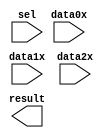
// megafunction wizard: %LPM_MUX%VBB%
// GENERATION: STANDARD
// VERSION: WM1.0
// MODULE: lpm_mux 

// ============================================================
// Megafunction Name(s):
// 			lpm_mux
//
// Simulation Library Files(s):
// 			lpm
// ============================================================
// ************************************************************
// THIS IS A WIZARD-GENERATED FILE. DO NOT EDIT THIS FILE!
//
// 9.0 Build 184 04/29/2009 SP 1 SJ Web Edition
// ************************************************************

//Copyright (C) 1991-2009 Altera Corporation
//Your use of Altera Corporation's design tools, logic functions 
//and other software and tools, and its AMPP partner logic 
//functions, and any output files from any of the foregoing 
//(including device programming or simulation files), and any 
//associated documentation or information are expressly subject 
//to the terms and conditions of the Altera Program License 
//Subscription Agreement, Altera MegaCore Function License 
//Agreement, or other applicable license agreement, including, 
//without limitation, that your use is for the sole purpose of 
//programming logic devices manufactured by Altera and sold by 
//Altera or its authorized distributors.  Please refer to the 
//applicable agreement for further details.

module MUXmem (
	data0x,
	data1x,
	data2x,
	sel,
	result);

	input	[17:0]  data0x;
	input	[17:0]  data1x;
	input	[17:0]  data2x;
	input	[1:0]  sel;
	output	[17:0]  result;

endmodule

// ============================================================
// CNX file retrieval info
// ============================================================
// Retrieval info: PRIVATE: INTENDED_DEVICE_FAMILY STRING "FLEX10KE"
// Retrieval info: PRIVATE: SYNTH_WRAPPER_GEN_POSTFIX STRING "0"
// Retrieval info: CONSTANT: LPM_SIZE NUMERIC "3"
// Retrieval info: CONSTANT: LPM_TYPE STRING "LPM_MUX"
// Retrieval info: CONSTANT: LPM_WIDTH NUMERIC "18"
// Retrieval info: CONSTANT: LPM_WIDTHS NUMERIC "2"
// Retrieval info: USED_PORT: data0x 0 0 18 0 INPUT NODEFVAL data0x[17..0]
// Retrieval info: USED_PORT: data1x 0 0 18 0 INPUT NODEFVAL data1x[17..0]
// Retrieval info: USED_PORT: data2x 0 0 18 0 INPUT NODEFVAL data2x[17..0]
// Retrieval info: USED_PORT: result 0 0 18 0 OUTPUT NODEFVAL result[17..0]
// Retrieval info: USED_PORT: sel 0 0 2 0 INPUT NODEFVAL sel[1..0]
// Retrieval info: CONNECT: result 0 0 18 0 @result 0 0 18 0
// Retrieval info: CONNECT: @data 0 0 18 36 data2x 0 0 18 0
// Retrieval info: CONNECT: @data 0 0 18 18 data1x 0 0 18 0
// Retrieval info: CONNECT: @data 0 0 18 0 data0x 0 0 18 0
// Retrieval info: CONNECT: @sel 0 0 2 0 sel 0 0 2 0
// Retrieval info: LIBRARY: lpm lpm.lpm_components.all
// Retrieval info: GEN_FILE: TYPE_NORMAL MUXmem.v TRUE
// Retrieval info: GEN_FILE: TYPE_NORMAL MUXmem.inc FALSE
// Retrieval info: GEN_FILE: TYPE_NORMAL MUXmem.cmp TRUE
// Retrieval info: GEN_FILE: TYPE_NORMAL MUXmem.bsf TRUE FALSE
// Retrieval info: GEN_FILE: TYPE_NORMAL MUXmem_inst.v FALSE
// Retrieval info: GEN_FILE: TYPE_NORMAL MUXmem_bb.v TRUE
// Retrieval info: LIB_FILE: lpm